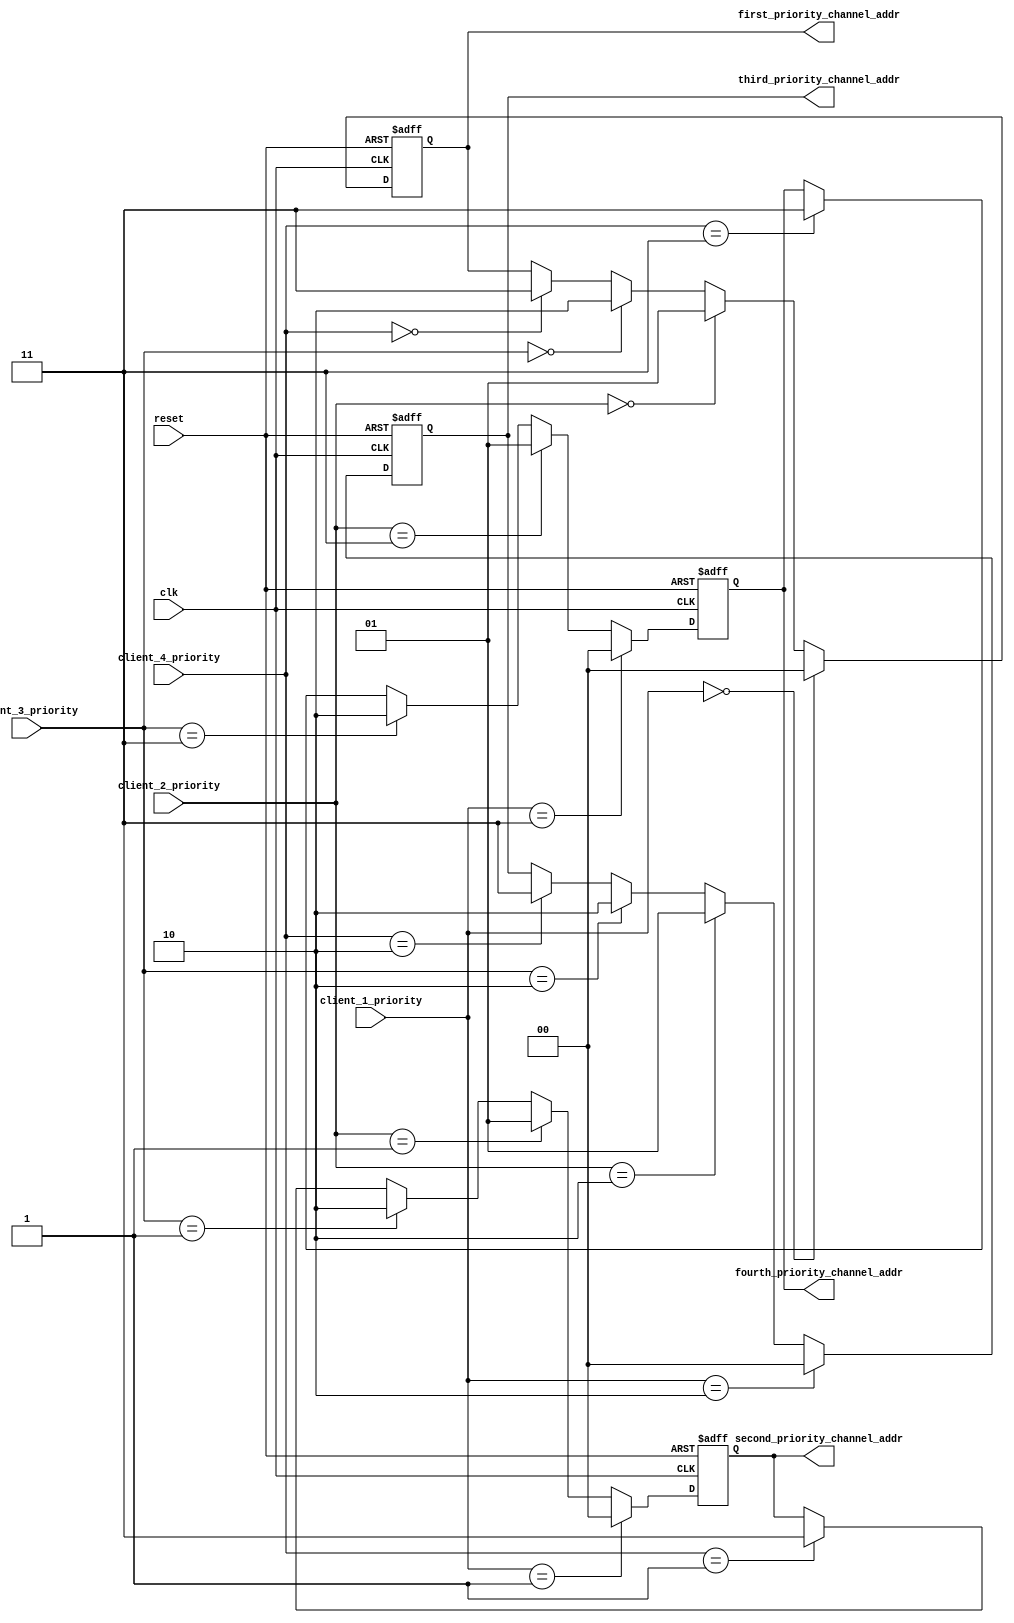
// Module:  priority_sort

module priority_sort(
     // Global signals
    input   clk,
    input   reset,

    input   [1:0] client_1_priority,
    input   [1:0] client_2_priority,
    input   [1:0] client_3_priority,
    input   [1:0] client_4_priority,

    output reg [1:0] first_priority_channel_addr,
    output reg [1:0] second_priority_channel_addr,
    output reg [1:0] third_priority_channel_addr,
    output reg [1:0] fourth_priority_channel_addr
    
);

always @(posedge clk or posedge reset)
begin
    if(reset) first_priority_channel_addr <= 'b0;
    else if(client_1_priority == 2'b00) first_priority_channel_addr <= 2'b00;
    else if(client_2_priority == 2'b00) first_priority_channel_addr <= 2'b01;
    else if(client_3_priority == 2'b00) first_priority_channel_addr <= 2'b10;
    else if(client_4_priority == 2'b00) first_priority_channel_addr <= 2'b11;
end

always @(posedge clk or posedge reset)
begin
    if(reset) second_priority_channel_addr <= 'b0;
    else if(client_1_priority == 2'b01) second_priority_channel_addr <= 2'b00;
    else if(client_2_priority == 2'b01) second_priority_channel_addr <= 2'b01;
    else if(client_3_priority == 2'b01) second_priority_channel_addr <= 2'b10;
    else if(client_4_priority == 2'b01) second_priority_channel_addr <= 2'b11;
end

always @(posedge clk or posedge reset)
begin
    if(reset) third_priority_channel_addr <= 'b0;
    else if(client_1_priority == 2'b10) third_priority_channel_addr <= 2'b00;
    else if(client_2_priority == 2'b10) third_priority_channel_addr <= 2'b01;
    else if(client_3_priority == 2'b10) third_priority_channel_addr <= 2'b10;
    else if(client_4_priority == 2'b10) third_priority_channel_addr <= 2'b11;
end

always @(posedge clk or posedge reset)
begin
    if(reset) fourth_priority_channel_addr <= 'b0;
    else if(client_1_priority == 2'b11) fourth_priority_channel_addr <= 2'b00;
    else if(client_2_priority == 2'b11) fourth_priority_channel_addr <= 2'b01;
    else if(client_3_priority == 2'b11) fourth_priority_channel_addr <= 2'b10;
    else if(client_4_priority == 2'b11) fourth_priority_channel_addr <= 2'b11;
end

    
endmodule